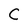
Character: C